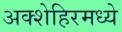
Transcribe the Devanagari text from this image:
अक्शेहिरमध्ये